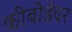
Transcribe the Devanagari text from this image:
कीबोर्डवर